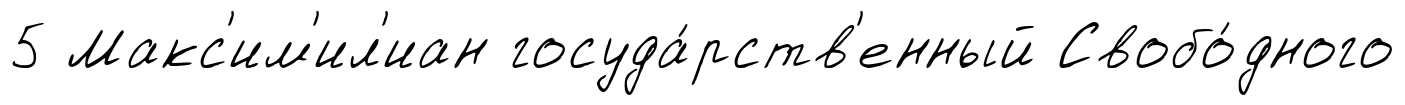
5 Макс'им'ил'иан госуда́рств'енный Свобо́дного